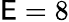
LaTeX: \mathsf{E}=8